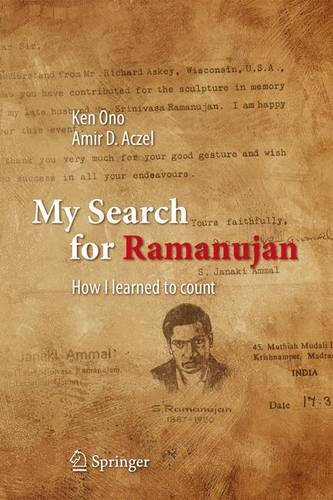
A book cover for My Search for Ramanujan: How I Learned to Count; Ken Ono; Science & Math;